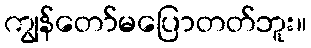
ကျွန်တော်မပြောတတ်ဘူး။